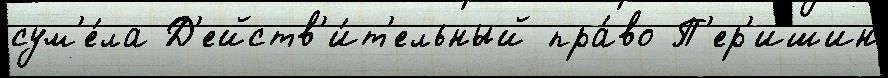
сум'е́ла Д'ейств'и́т'ельный пра́во П'ер'ишин